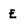
Character: E